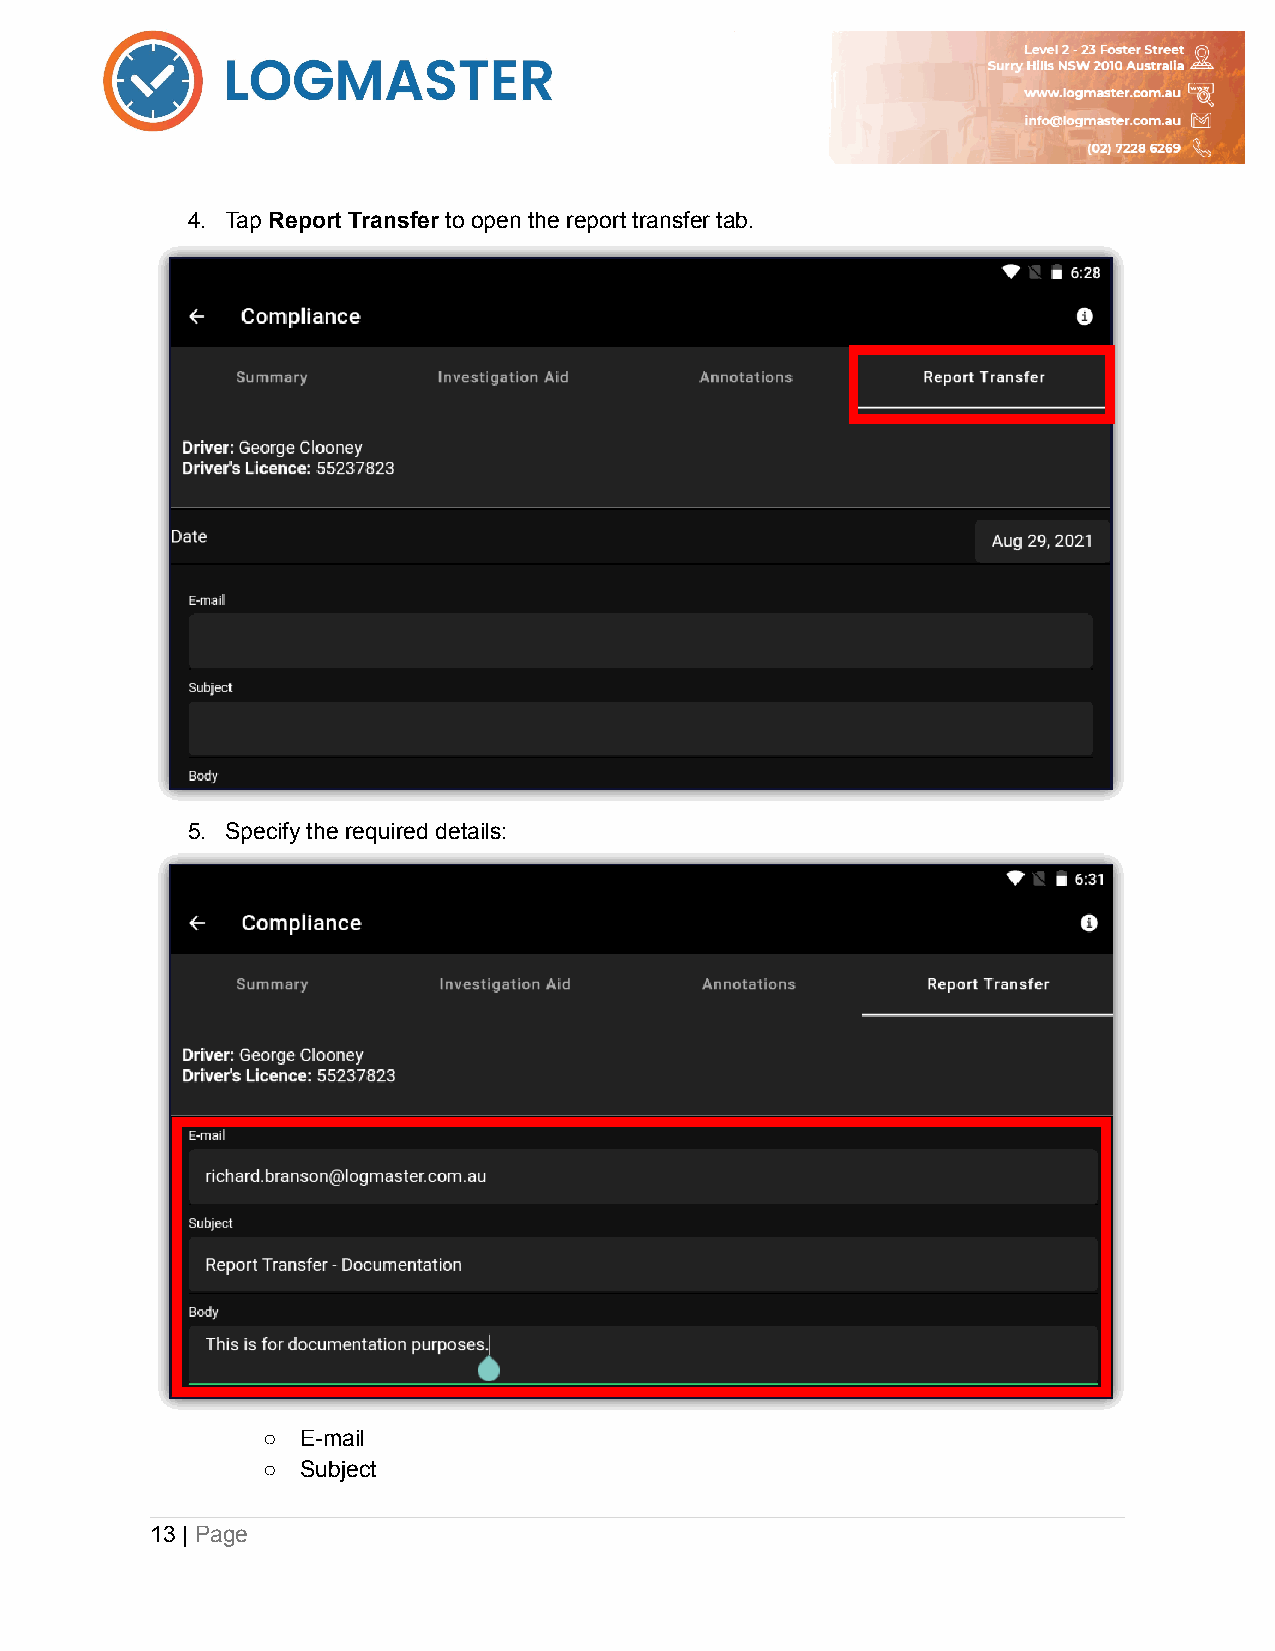
4. Tap Report Transfer to open the report transfer tab.
 5. Specify the required details:
 ○  E-mail
 ○  Subject
 13 | Page